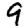
Digit: 9